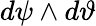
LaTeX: d\psi\wedge d\vartheta